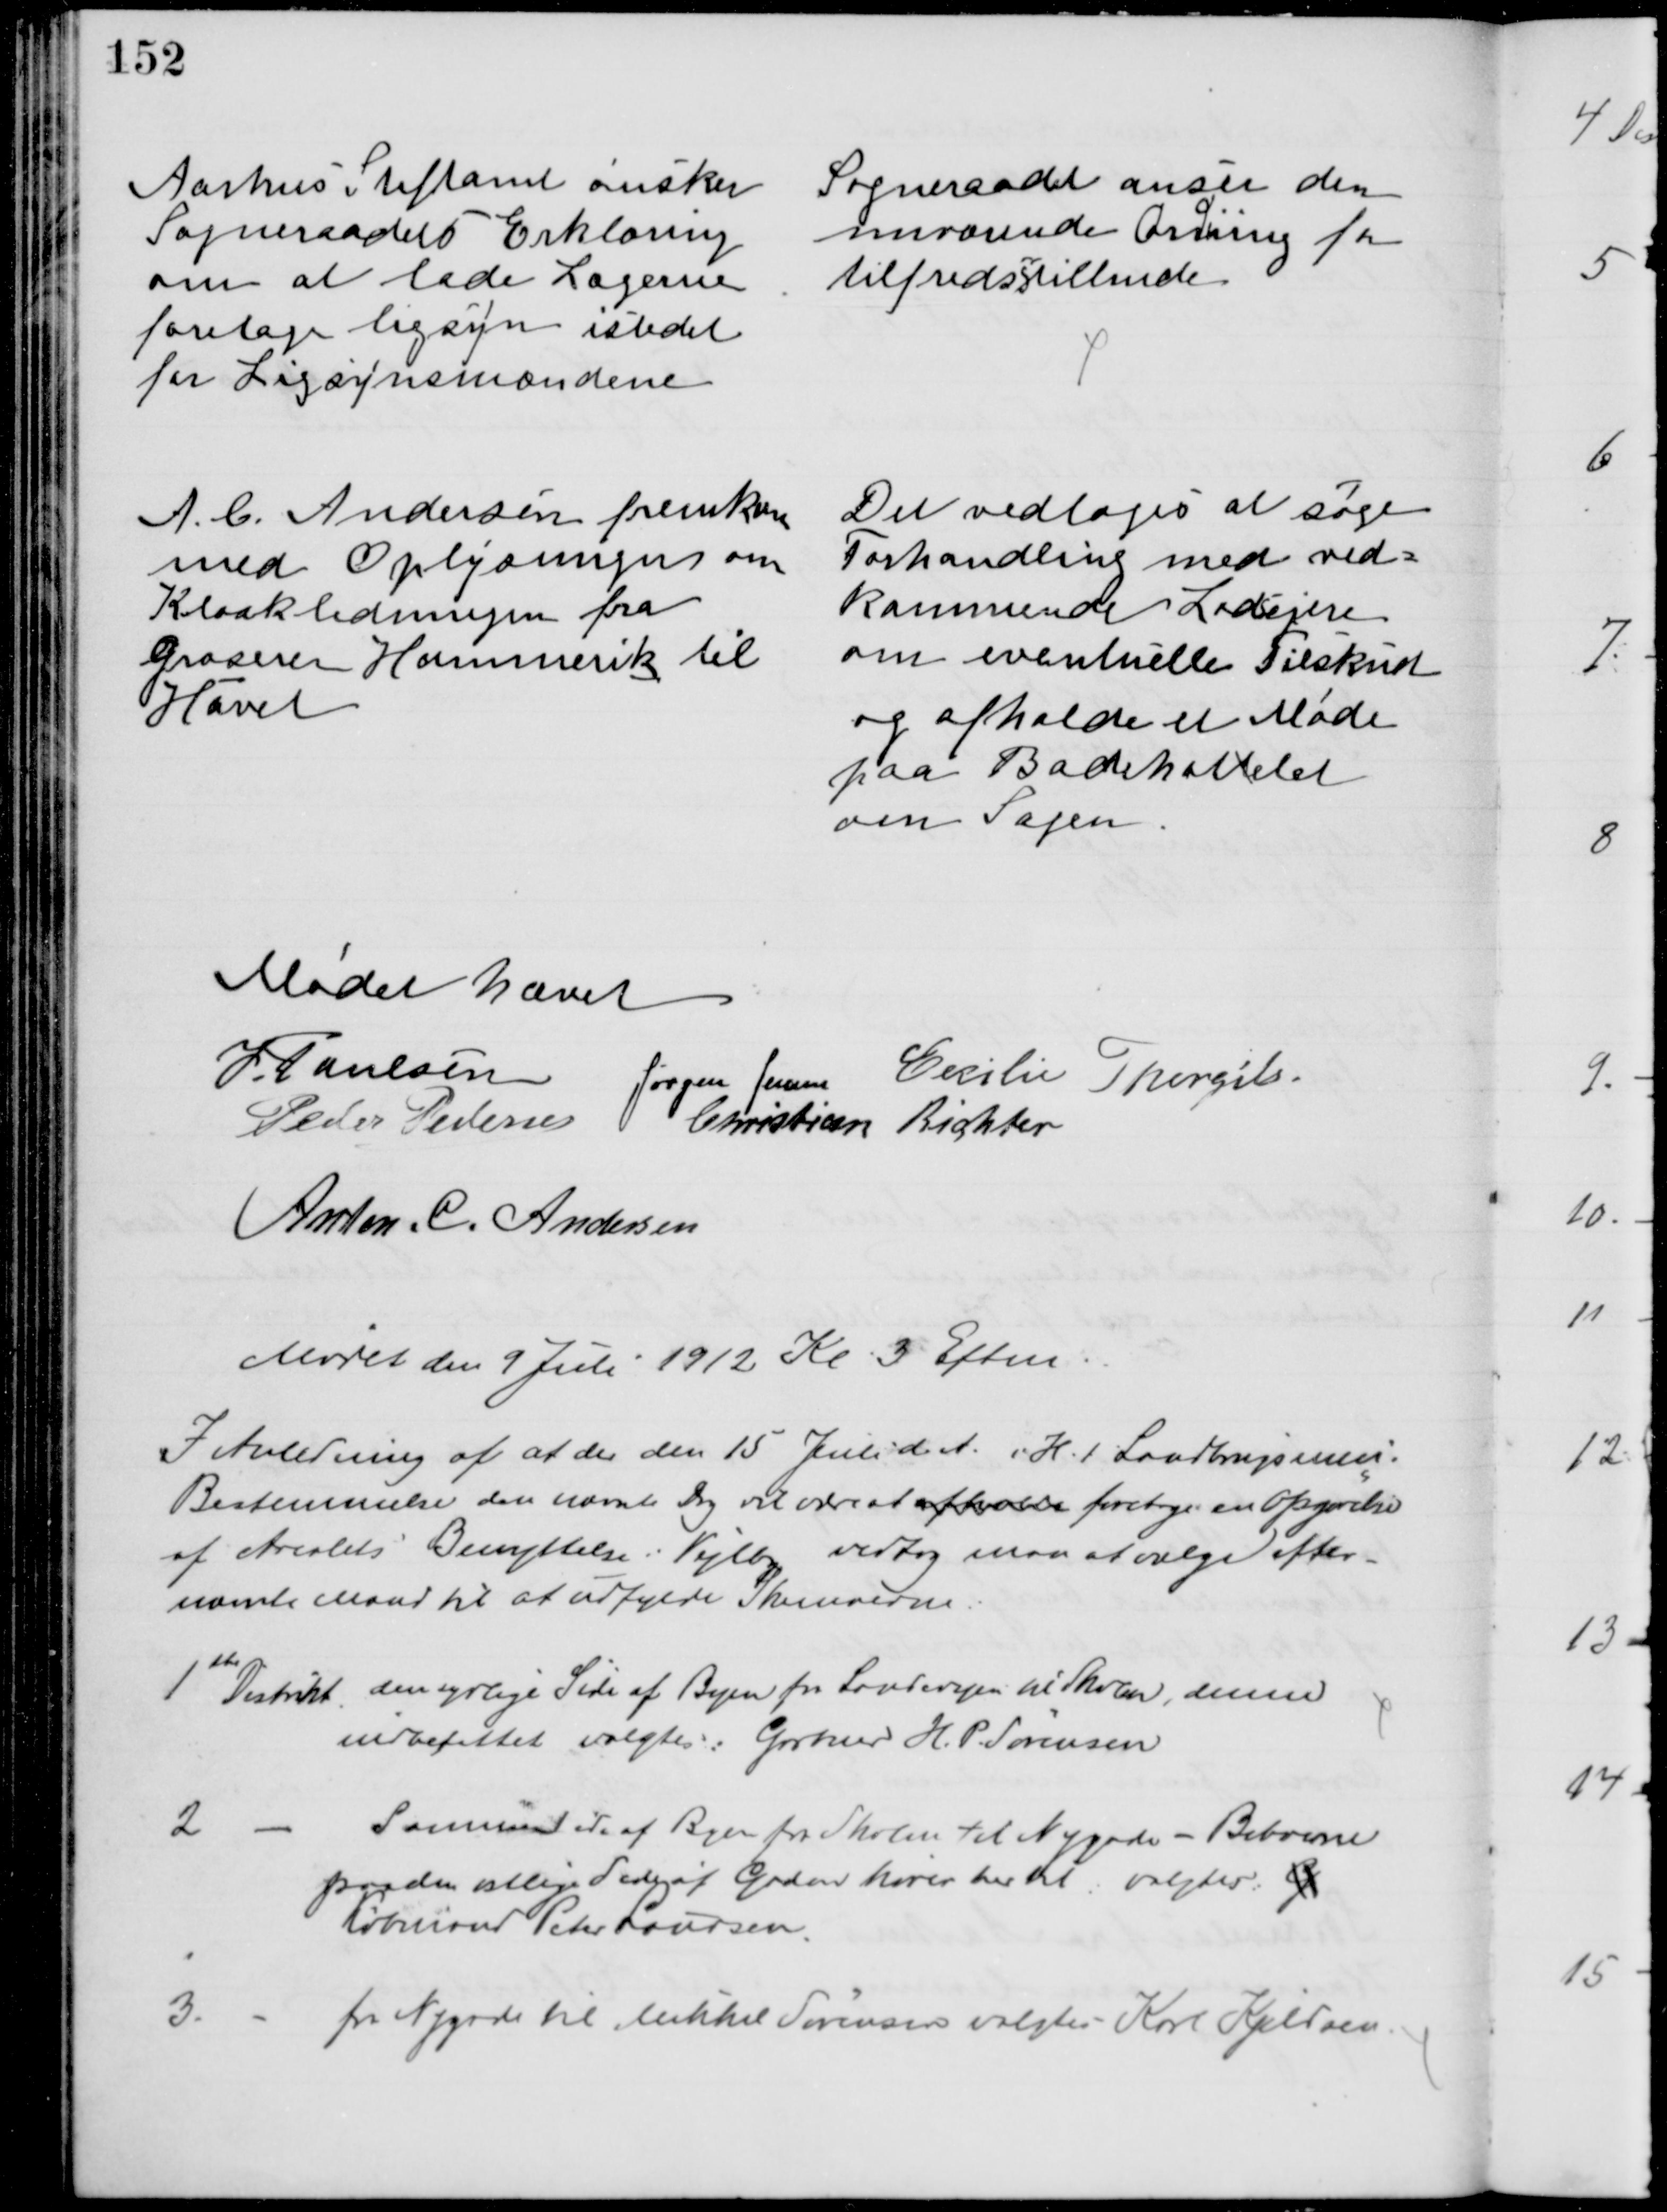
Transskription:
Aarhus Stiftamt ønsker
Sogneraadets Erklæring
om at lade Lægerne
foretage ligsyn istedet
for Ligsynsmændene
Sogneraadet anser den
nuværende Ordning for
tilfredsstillende
A. C. Andersen fremkom
med Oplysninger om
Kloakledningen fra
Groserer Hammerik til
Havet
Det vedtoges at søge
Forhandling med ved=
kommende Lodsejere
om eventuelle Tilskud
og afholde et Møde
paa Badehottelet
om Sagen
Mødet hævet
J. Poulsen 
Jørgen Jensen
Cecilie Thorgils.
Peder Pedersen
Christian Richter
Anton. C. Andersen
Mødet den 9 Juli 1912 Kl. 3 Eftm
I Anledning af at der den 15 Juli d. A. i H. t. Landbrugsmin:
Bestemmelse den nævnte Dag vil være at afholde foretage en Opgørelse
af Arealets Benyttelse i Vejlby vedtog maa at vælge efter-
nævnte Mænd til at udfylde Skemaerne.
1ste Distrikt, den sydlige Side af Byen fra Landevejen til Skolen, denne
indbefattet valgtes: Gartner H. P. Sørensen
2
Samme Side af Byen fra Skolen til Nygade - Beboerne
paa den østlige Side af Gaden hører hertil: valgtes G. 
Købmand Peter Laursen.
3.
fra Nygade til Mikkel Sørensen valgtes Karl Kjeldsen